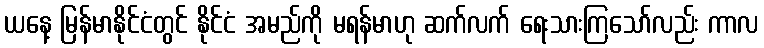
ယနေ့ မြန်မာနိုင်ငံတွင် နိုင်ငံ အမည်ကို မရန်မာဟု ဆက်လက် ရေးသားကြသော်လည်း ကာလ